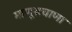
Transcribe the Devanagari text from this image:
माणूसघाणा